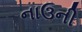
નાઉની